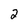
Character: 2